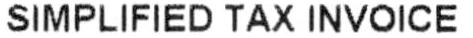
SIMPLIFIED TAX INVOICE